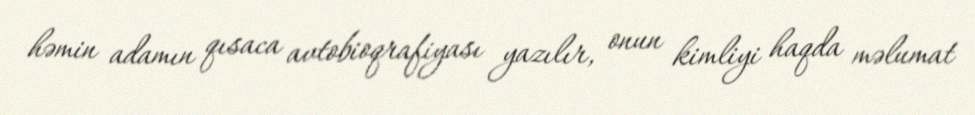
həmin adamın qısaca avtobioqrafiyası yazılır, onun kimliyi haqda məlumat